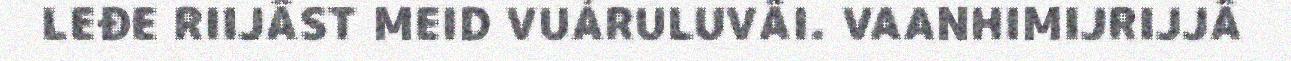
LEĐE RIIJÂST MEID VUÁRULUVÂI. VAANHIMIJRIJJÂ